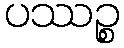
ပဿဉ္စ